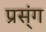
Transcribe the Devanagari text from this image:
प्रस्ंग